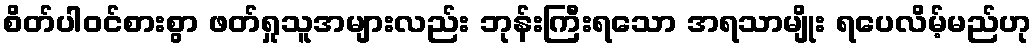
စိတ်ပါဝင်စားစွာ ဖတ်ရှုသူအများလည်း ဘုန်းကြီးရသော အရသာမျိုး ရပေလိမ့်မည်ဟု